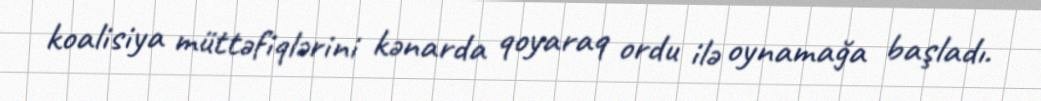
koalisiya müttəfiqlərini kənarda qoyaraq ordu ilə oynamağa başladı.